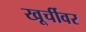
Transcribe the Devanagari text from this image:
खूर्चीवर